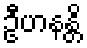
ဦဟနန္တိ